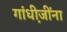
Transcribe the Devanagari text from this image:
गांधी़जींना